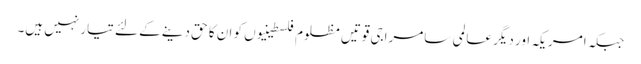
جبکہ امریکہ اور دیگر عالمی سامراجی قوتیں مظلوم فلسطینیوں کو ان کا حق دینے کے لئے تیار نہیں ہیں۔